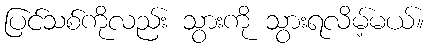
ပြင်သစ်ကိုလည်း သွားကို သွားရလိမ့်မယ်။